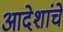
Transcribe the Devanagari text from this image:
आदेशांचे